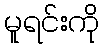
မူရင်းကို